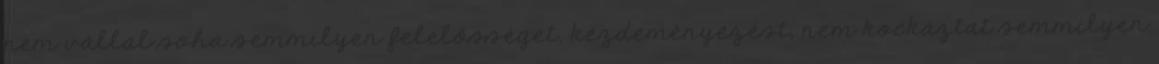
nem vállal soha semmilyen felelősséget, kezdeményezést, nem kockáztat semmilyen